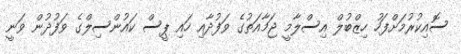
ސޮއިކުރުމަށްފަހު ހިޒްބުލް އިސްލާމީ ޖަމާއަތުގެ ވަފުދާއި ހައި ޕީސް ކައުންސިލްގެ ވަފުދުން ވަނީ